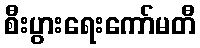
စီးပွားရေးကော်မတီ